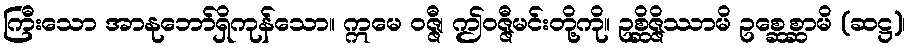
ကြီးသော အာနုဘော်ရှိကုန်သော။ ဣမေ ဝဇ္ဇီ၊ ဤဝဇ္ဇီမင်းတို့ကို။ ဥစ္ဆိဇ္ဇိဿာမိ ဥစ္ဆေစ္ဆာမိ (ဆဋ္ဌ)၊